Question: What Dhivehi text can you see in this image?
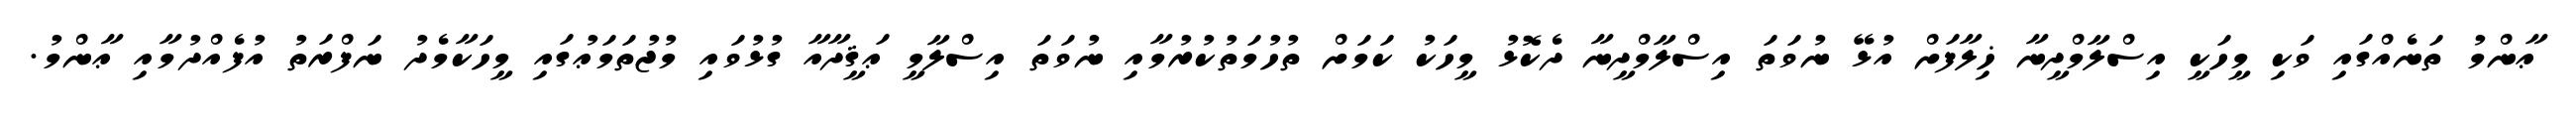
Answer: ޢާންމު ތަނެއްގައި ވަކި މީހަކީ އިސްލާމްދީނާ ޚިލާފަށް އުޅޭ ނުވަތަ އިސްލާމްދީނާ ދެކޮޅު މީހަކު ކަމަށް ތުހުމަތުކުރުމާއި ނުވަތަ އިސްލާމީ ޢަޤީދާއާ ގުޅުވައި މުޖުތަމަޢުގައި މީހަކާމެދު ނަފްރަތު އުފެއްދުމާއި ޢާންމު.